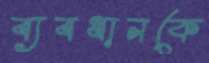
ব্যবধানকে